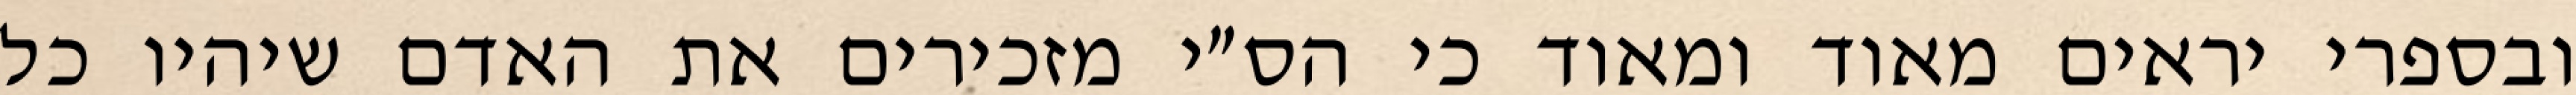
ובספרי יראים מאוד ומאוד כי הס״י מזכירים את האדם שיהיו כל